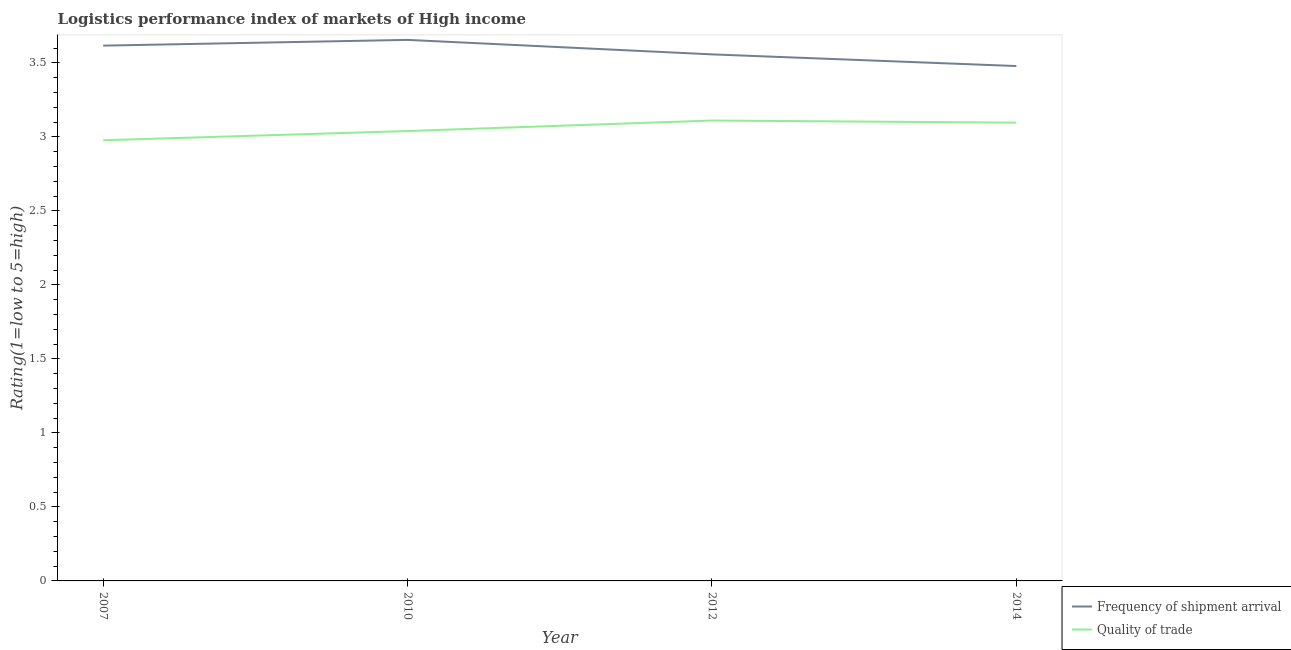
| Year | Frequency of shipment arrival | Quality of trade |
 | --- | --- | --- |
 | 2007 | 3.62 | 2.98 |
 | 2010 | 3.66 | 3.04 |
 | 2012 | 3.56 | 3.11 |
 | 2014 | 3.48 | 3.1 |